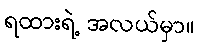
ရထားရဲ့ အလယ်မှာ။